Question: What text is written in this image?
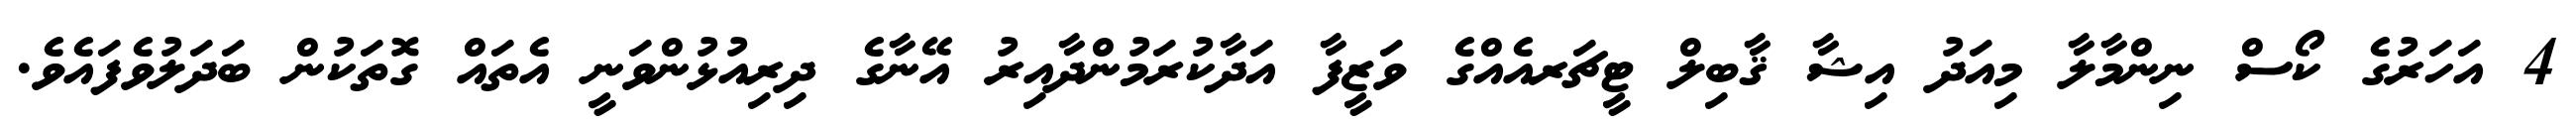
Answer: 4 އަހަރުގެ ކޯސް ނިންމާލާ މިއަދު އިޝާ ޤާބިލް ޓީޗަރއެއްގެ ވަޒީފާ އަދާކުރަމުންދާއިރު އޭނާގެ ދިރިއުޅުންވަނީ އެތައް ގޮތަކުން ބަދަލުވެފައެވެ.